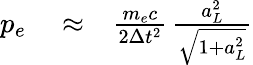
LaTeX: \begin{array}{rlr}{p_{e}}&{{}\approx}&{\frac{m_{e}c}{2\Delta t^{2}}\, \frac{a_{L}^{2}}{\sqrt{1+a_{L}^{2}}}}\end{array}